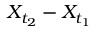
X _ { t _ { 2 } } - X _ { t _ { 1 } }